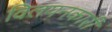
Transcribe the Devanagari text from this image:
विलयनकारी